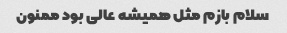
سلام بازم مثل همیشه عالی بود ممنون